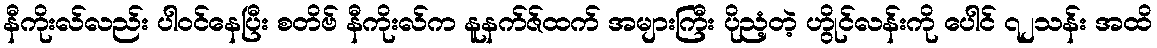
နီကိုးလ်လည်း ပါဝင်နေပြီး စတိဗ် နီကိုးလ်က နူနက်ဇ်ထက် အများကြီး ပိုညံ့တဲ့ ဟွိုင်လန်းကို ပေါင် ၇၂သန်း အထိ